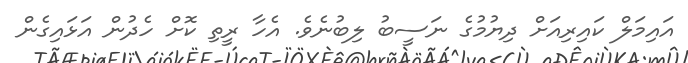
އައިމަލް ކައިރިއަށް ދިޔުމުގެ ނަސީބު ލިބުނެވެ. އެހާ ރީތި ކޮށް ހެދުން އަޅައިގެން